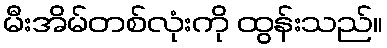
မီးအိမ်တစ်လုံးကို ထွန်းသည်။